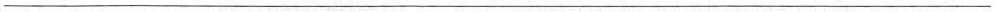
___